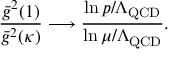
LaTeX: { \frac { \bar { g } ^ { 2 } ( 1 ) } { \bar { g } ^ { 2 } ( \kappa ) } } \longrightarrow \frac { \ln p / \Lambda _ { \mathrm { Q C D } } } { \ln \mu / \Lambda _ { \mathrm { Q C D } } } .